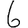
Digit: 6